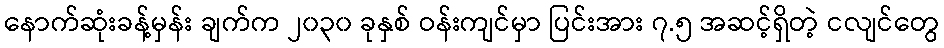
နောက်ဆုံးခန့်မှန်း ချက်က ၂၀၃၀ ခုနှစ် ဝန်းကျင်မှာ ပြင်းအား ၇.၅ အဆင့်ရှိတဲ့ ငလျင်တွေ